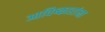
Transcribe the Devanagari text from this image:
आविष्कारांना